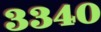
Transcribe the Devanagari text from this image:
३३४०